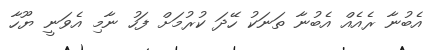
އެބުނާ ރެއެއް އެބުނާ ތަނަކު ހޭދަ ކުރުމަށް ފަހު ނާމި އެވަނީ ޔޫހާ